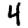
Digit: 4